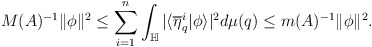
\begin{align*}M(A)^{-1}\|\phi\|^2\leq\sum_{i=1}^{n}\int_{\mathbb{H}}|\langle\overline{\eta}_{q}^i|\phi\rangle|^2 d\mu(q)\leq m(A)^{-1}\|\phi\|^2.\end{align*}